Civil Veterinary Dept. Bombay admin report 1907-1913 - 1907-1913
Year: 1907
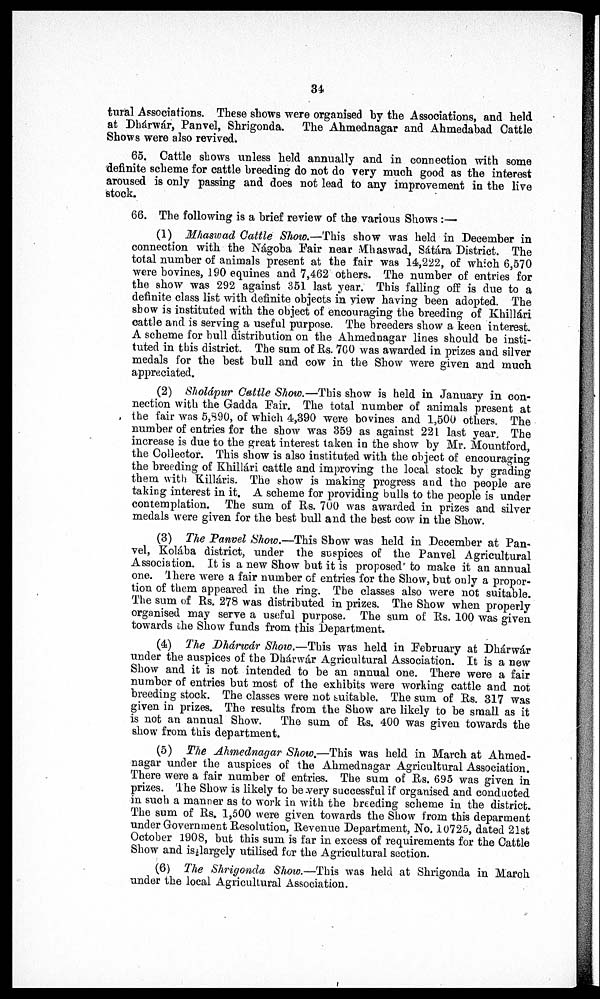
34
tural Associations. These shows were organised by the Associations, and held
at Dhárwár, Panvel, Shrigonda. The Ahmednagar and Ahmedabad Cattle
Shows were also revived.
65. Cattle shows unless held annually and in connection with some
definite scheme for cattle breeding do not do very much good as the interest
aroused is only passing and does not lead to any improvement in the live
stock.
66. The following is a brief review of the various Shows :—
(1) Mhaswad Cattle Show.—This show was held in December in
connection with the Nágoba Fair near Mhaswad, Sátára District. The
total number of animals present at the fair was 14,222, of which 6,570
were bovines, 190 equines and 7,462 others. The number of entries for
the show was 292 against 351 last year. This falling off is due to a
definite class list with definite objects in view having been adopted. The
show is instituted with the object of encouraging the breeding of Khillári
cattle and is serving a useful purpose. The breeders show a keen interest.
A scheme for bull distribution on the Ahmednagar lines should be insti-
tuted in this district. The sum of Rs. 700 was awarded in prizes and silver
medals for the best bull and cow in the Show were given and much
appreciated.
(2) Sholápur Cattle Show.—This show is held in January in con-
nection with the Gadda Pair. The total number of animals present at
the fair was 5,390, of which 4,390 were bovines and 1,500 others. The
number of entries for the show was 359 as against 221 last year. The
increase is due to the great interest taken in the show by Mr. Mountford,
the Collector. This show is also instituted with the object of encouraging
the breeding of Khillári cattle and improving the local stock by grading
them with Killáris. The show is making progress and the people are
taking interest in it. A scheme for providing bulls to the people is under
contemplation. The sum of Rs. 700 was awarded in prizes and silver
medals were given for the best bull and the best cow in the Show.
(3) The Panvel Show.—This Show was held in December at Pan-
vel, Kolába district, under the suspices of the Panvel Agricultural
Association. It is a new Show but it is proposed to make it an annual
one. There were a fair number of entries for the Show, but only a propor-
tion of them appeared in the ring. The classes also were not suitable.
The sum of Rs. 278 was distributed in prizes. The Show when properly
organised may serve a useful purpose. The sum of Rs. 100 was given
towards the Show funds from this Department.
(4) The Dhárwár Show.—This was held in February at Dhárwár
under the auspices of the Dhánwár Agricultural Association. It is a new
Show and it is not intended to be an annual one. There were a fair
number of entries but most of the exhibits were working cattle and not
breeding stock. The classes were not suitable. The sum of Rs. 317 was
given in prizes. The results from the Show are likely to be small as it
is not an annual Show. The sum of Rs. 400 was given towards the
show from this department.
(5) The Ahmednagar Show.—This was held in March at Ahmed-
nagar under the auspices of the Ahmednagar Agricultural Association.
There were a fair number of entries. The sum of Rs. 695 was given in
prizes. The Show is likely to be very successful if organised and conducted
in such a manner as to work in with the breeding scheme in the district.
The sum of Rs. 1,500 were given towards the Show from this deparment
under Government Resolution, Revenue Department, No. 10725, dated 21st
October 1908, but this sum is far in excess of requirements for the Cattle
Show and is largely utilised for the Agricultural section.
(6) The Shrigonda Show.—This was held at Shrigonda in March
under the local Agricultural Association.